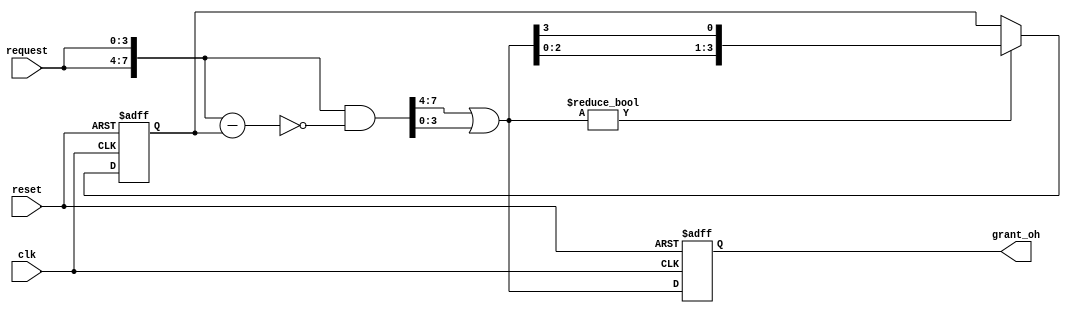
// 
// Copyright 2011-2012 Jeff Bush
// 
// Licensed under the Apache License, Version 2.0 (the "License");
// you may not use this file except in compliance with the License.
// You may obtain a copy of the License at
// 
//     http://www.apache.org/licenses/LICENSE-2.0
// 
// Unless required by applicable law or agreed to in writing, software
// distributed under the License is distributed on an "AS IS" BASIS,
// WITHOUT WARRANTIES OR CONDITIONS OF ANY KIND, either express or implied.
// See the License for the specific language governing permissions and
// limitations under the License.
// 

//
// Round robin arbiter.
// The incoming signal 'request' indicates units that would like to access some
// shared resource.  Each cycle, the signal grant_oh (one hot) will set one
// bit to indicate the unit that should receive access.  Once a unit has
// been granted access, it will not get it again until all other units that 
// are currently requesting access receive it.
//
// Idea taken from Altera's Advanced Synthesis Cookbook.  Basically, if you 
// subtract a value with one set bit from another, each more-significant 
// zero bit will result in a borrow (changing from 0 to 1 in the difference)
// until a 1 bit is hit, which will switch from 1 to 0. The word is duplicated
// to make it wrap around.
//

module arbiter
    #(parameter NUM_ENTRIES = 4)

    (input                          clk,
    input                           reset,
    input[NUM_ENTRIES - 1:0]        request,
    output reg[NUM_ENTRIES - 1:0]   grant_oh);

    reg[NUM_ENTRIES - 1:0] base;
    wire[NUM_ENTRIES * 2 - 1:0] double_request = { request, request };
    wire[NUM_ENTRIES * 2 - 1:0] double_grant = double_request 
        & ~(double_request - base);
    wire[NUM_ENTRIES - 1:0] grant_nxt = double_grant[NUM_ENTRIES * 2 - 1:NUM_ENTRIES] 
        | double_grant[NUM_ENTRIES - 1:0];

    always @(posedge clk, posedge reset)
    begin
        if (reset)
        begin
            base <= 1;
            grant_oh <= 0;
        end
        else 
        begin
            if (grant_nxt != 0)
                base <= { grant_nxt[NUM_ENTRIES - 2:0], grant_nxt[NUM_ENTRIES - 1] }; // Rotate left

            grant_oh <= grant_nxt;
        end
    end
endmodule